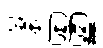
အေးမြဖြူ